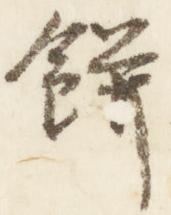
餅